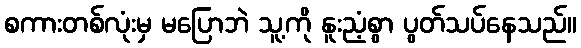
စကားတစ်လုံးမှ မပြောဘဲ သူ့ကို နူးညံ့စွာ ပွတ်သပ်နေသည်။